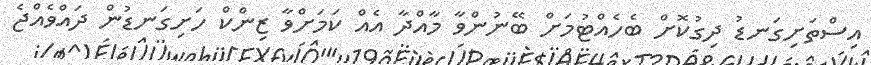
އިސްތަށިގަނޑު ދިގުކޮށް ބެހެއްޓުމަށް ބޭނުންވާ މާއްދާ އެއް ކަމަށްވާ ޒިންކް ހަށިގަނޑުން ދައްވެއްޖެ